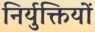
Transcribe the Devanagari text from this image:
निर्युक्तियों